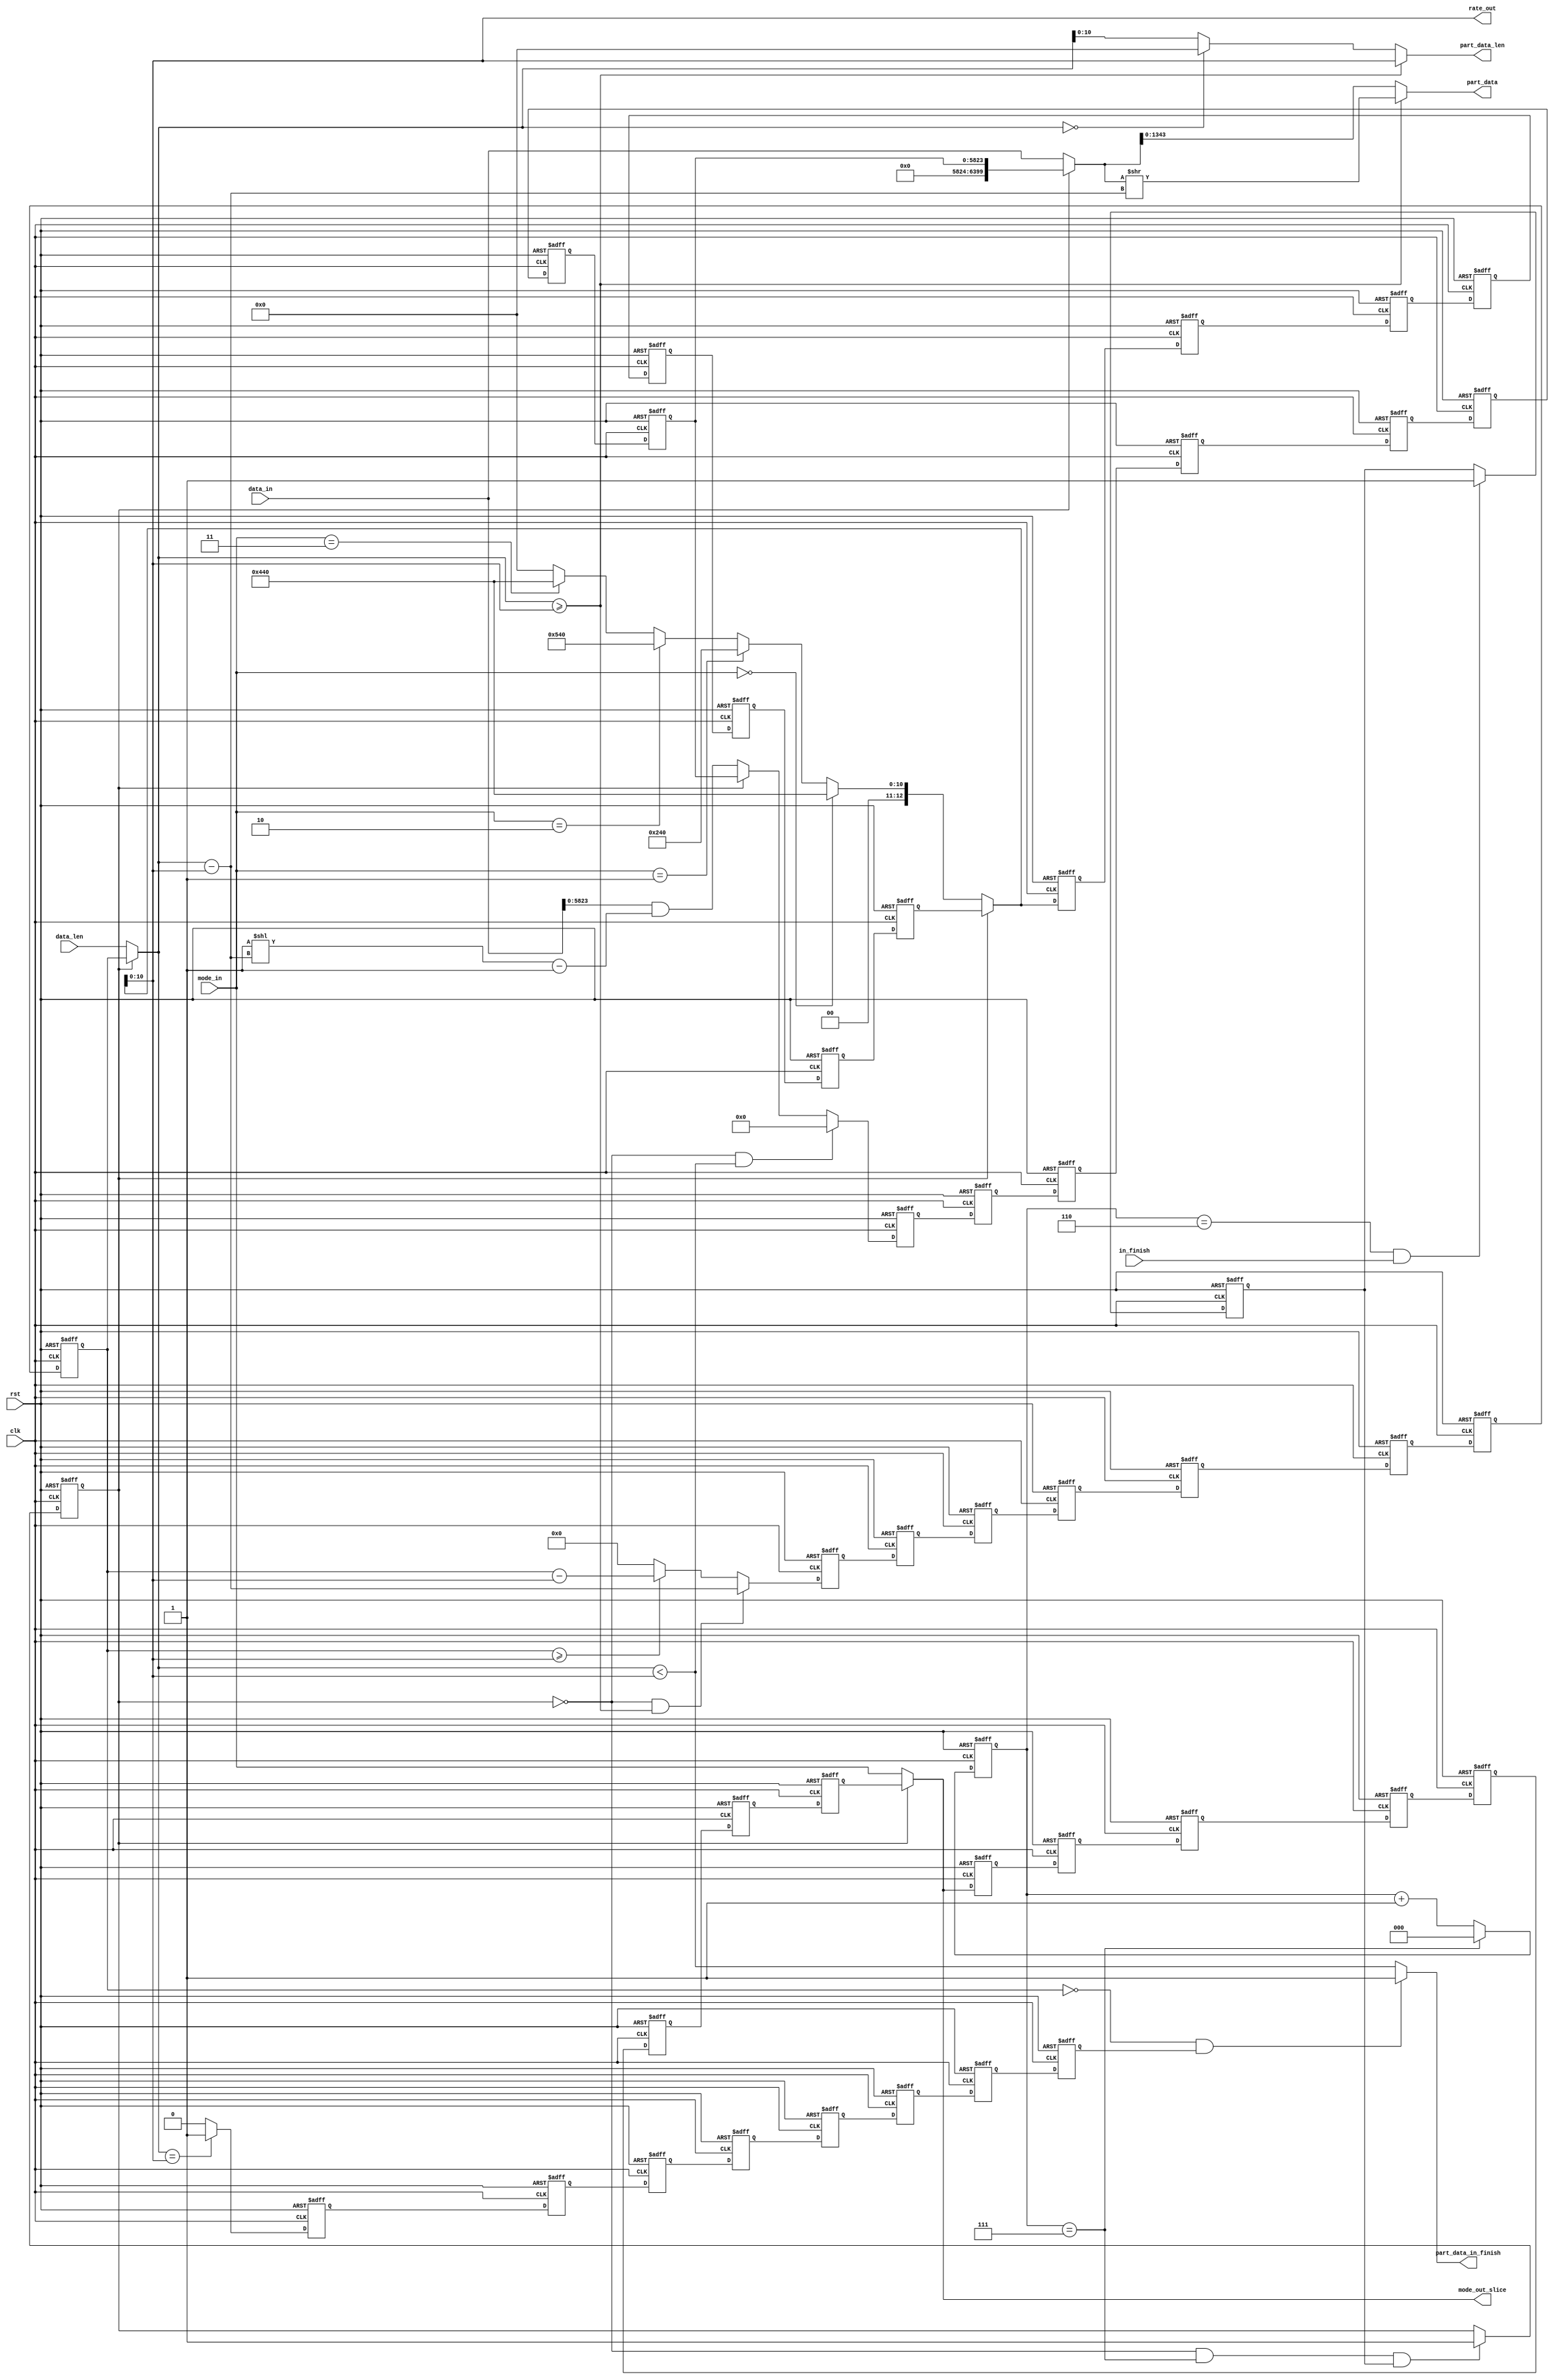
// function: slice the input data to controller
// input : the all input (most 800 bytes)
// output:  part of input (1344 bit)
///

module slice(
  input            clk,
  input            rst,
  input  [   1:0]  mode_in,
  input  [6399:0]  data_in,
  input [12:0]     data_len,
  input            in_finish,
  output        [10:0] rate_out,
  output   reg  [1343:0]  part_data,
  output  reg [10:0]    part_data_len,
  output  [ 1:0]  mode_out_slice,
  output    reg   part_data_in_finish

);

integer idx;

reg [10:0] rate;
reg [2:0] input_counter;
reg eight_input_finish; 
reg input_8_flag;
reg [5823:0] input_data_buffer [7:0]; 
reg [12:0] input_data_len_s [7:0];    
reg [1:0]  input_mode_s [7:0]; 
reg [12:0] input_rate_s [7:0]; 
reg if_absorb_again_buffer [7:0]; 
wire [6399 : 0] current_all_data ; 
wire [10:0] current_rate;
wire [12:0] current_data_len;
wire [ 1:0] mode_buf = mode_in;

/*************************************************
*   Name :          rate_out
*   Description:    when eight messages are inputted 
*   the current rate is inputting one, if the eight datas all inputted,
*   get the rate stored in the buffer : input_rate_s[7] 
*************************************************/
assign rate_out = !eight_input_finish ? rate : input_rate_s[7];

/*************************************************
*   Name :          mode_out_slice
*   Description:    when eight messages are inputted 
*   the current mode is inputting one, if the eight datas all inputted,
*   get the mode stored in the buffer : input_mode_s[7] 
*************************************************/
assign mode_out_slice = !eight_input_finish ? mode_in : input_mode_s[7];

/*************************************************
*   Name :          current_all_data
*   Description:    when eight messages are inputted 
*   the current data is inputting one, if the eight datas all inputted,
*   get the data stored in the buffer : input_data_buffer[7] 
*************************************************/
assign current_all_data =  !eight_input_finish ?  data_in : input_data_buffer[7]; 

/*************************************************
*   Name :          current_rate
*   Description:    when eight messages are inputted 
*   the current rate is depend on the inputting one, if the eight datas all inputted,
*   get the rate stored in the buffer: input_rate_s[7] 
*************************************************/
assign current_rate = !eight_input_finish ? rate : input_rate_s[7];

/*************************************************
*   Name :          current_data_len
*   Description:    when eight messages are inputted 
*   the current data_len is the inputting one, if the eight datas all inputted,
*   get the data_len stored in the buffer: input_data_len_s[7] 
*************************************************/
assign current_data_len = !eight_input_finish ? data_len : input_data_len_s[7];

/*************************************************
*   Name :          part_data
*   Description:   If the length of the message is longer than rate,
*   the part data's lenhth is rate, otherwise, the length is the whole length 
*   of message.
*************************************************/
always @(*) begin
    if(current_data_len >= current_rate)
        part_data = current_all_data >> (current_data_len - current_rate);
    else 
        part_data  = current_all_data;
end

/*************************************************
*   Name :          input_8_flag
*   Description:   the flag that  record the seventh message is inputted.
*************************************************/
always @(posedge clk or posedge rst) begin
    if(rst)
        input_8_flag <= 1'b0;
    else if (input_counter == 3'd6 && in_finish) 
        input_8_flag <= 1'b1;
        
end

/*************************************************
*   Name :          eight_input_finish
*   Description:   the flag that  record the whole ehught messages are inputted.
*************************************************/
always @(posedge clk or posedge rst) begin
    if(rst)
        eight_input_finish <= 1'b0;
    else if (!eight_input_finish && (input_counter == 3'd7) && input_8_flag) 
        eight_input_finish <= 1'b1;
        
end

/*************************************************
*   Name :          input_counter
*   Description:   the counter count zero to seven to check the eight 
*   messages are all inputted.
*************************************************/
always @(posedge clk or posedge rst) begin
    if(rst)
        input_counter <= 3'd7;
    else 
        input_counter <=  input_counter == 3'd7 ? 3'd0 : input_counter + 3'd1;//!
end

/*************************************************
*   Name :          rate
*   Description:   Depending the diffrent modes, assign the rate.
*   - sha3-256 ---> 1088 bits
*   - sha3-512 ---> 576 bits
*   - shake-128 ---> 1344 bits
*   - shake-256 ---> 1088 bits
*************************************************/
always @(*) begin
    if (mode_in == 2'd0) // sha3-256
        rate =  11'd1088;
    else if (mode_in == 2'd1) // sha3-512
        rate = 11'd576;
    else if (mode_in == 2'd2) // shake-128
        rate = 11'd1344;
    else if (mode_in == 2'd3) // shake-256
        rate = 11'd1088;
    else 
        rate = 11'b0;

end

/*************************************************
*   Name :          input_data_len_s
*   Description:   Store the current eight messages' data_len,
*   it will minus current_rate when output a part_data to next level.
*   If the length is less than rate, buffer will store zero.
*************************************************/
always @(posedge clk or posedge rst) begin
    if(rst)
        for (idx = 0 ; idx <8 ; idx = idx +1)begin
            input_data_len_s[idx] <=  13'b0;
        end
    else if( (!eight_input_finish) && (current_data_len >= current_rate)) begin
        for (idx = 0 ; idx <7 ; idx = idx +1)begin
            input_data_len_s[idx+1] <=  input_data_len_s[idx];
        end
        input_data_len_s[0] <= current_data_len - current_rate;
    end
    else if (input_data_len_s[7] >= current_rate)  begin//if(!input_finish_buffer[7] 
        for (idx = 0 ; idx <7 ; idx = idx +1)begin
                input_data_len_s[idx+1] <=  input_data_len_s[idx];
            end
        input_data_len_s[0] <=  input_data_len_s[7] - current_rate;
    end
    else begin
        for (idx = 0 ; idx <7 ; idx = idx +1)begin
                input_data_len_s[idx+1] <=  input_data_len_s[idx];
            end
        input_data_len_s [0] <=  13'd0; 
    end
end

/*************************************************
*   Name :          stored_data
*   Description:   the remain data  should be stored 
*************************************************/
wire [5823:0]stored_data = data_in & ((1'b1<< (current_data_len - current_rate))  -1);

/*************************************************
*   Name :         input_data_buffer
*   Description:   If the inputted data is longer than the rate,
*   the remain data should be stored will store in the input_data_buffer.
*************************************************/
always @(posedge clk or posedge rst) begin
    if(rst)
        for (idx = 0 ; idx <8 ; idx = idx +1)begin
            input_data_buffer[idx] <=  5824'b0;
        end
    else if (!eight_input_finish && (current_data_len < current_rate))begin
        for (idx = 0 ; idx <7 ; idx = idx +1)begin
                input_data_buffer[idx+1] <=  input_data_buffer[idx];
            end
        input_data_buffer[0] <= 5824'b0;
    end
    else if(!eight_input_finish) begin
        for (idx = 0 ; idx <7 ; idx = idx +1)begin
            input_data_buffer[idx+1] <=  input_data_buffer[idx];
        end
        input_data_buffer[0] <= stored_data;//!
    end
    else begin//if(!input_finish_buffer[7] 
        for (idx = 0 ; idx <7 ; idx = idx +1)begin
            input_data_buffer[idx+1] <=  input_data_buffer[idx];
        end
        input_data_buffer[0] <=  input_data_buffer[7] ;
    end

end

/*************************************************
*   Name :        input_mode_s
*   Description:   while the eight messages are inputted, 
*   store their modes in buffers: input_mode_s
*************************************************/
// reg [1:0]  input_mode_s [7:0];
always @(posedge clk or posedge rst) begin
    if(rst)
        for (idx = 0 ; idx <8 ; idx = idx +1)begin
            input_mode_s[idx] <=  2'b0;
        end
    else if(!eight_input_finish) begin
        for (idx = 0 ; idx <7 ; idx = idx +1)begin
            input_mode_s[idx+1] <=  input_mode_s[idx];
        end
        input_mode_s[0] <= mode_buf;
    end
    else begin
        for (idx = 0 ; idx <7 ; idx = idx +1)begin
            input_mode_s[idx+1] <=  input_mode_s[idx];
        end
        input_mode_s[0] <=  input_mode_s[7];
    end
end

/*************************************************
*   Name :         input_rate_s
*   Description:   while the eight messages are inputted, 
*   store their rates in buffers:  input_rate_s
*************************************************/
always @(posedge clk or posedge rst) begin
    if(rst)
        for (idx = 0 ; idx <8 ; idx = idx +1)begin
            input_rate_s[idx] <=  13'b0;
        end
    else if(!eight_input_finish) begin
        for (idx = 0 ; idx <7 ; idx = idx +1)begin
            input_rate_s[idx+1] <=  input_rate_s[idx];
        end
      input_rate_s[0] <= rate;
    end
    else begin
        for (idx = 0 ; idx <7 ; idx = idx +1)begin
            input_rate_s[idx+1] <=  input_rate_s[idx];
        end
        input_rate_s[0] <=  input_rate_s[7];
    end

end

/*************************************************
*   Name :         if_absorb_again_buffer
*   Description:   If the inputted message's length is 
*   the integer times of the rate, it should be absorbed once
*   the buffer  records if the extra absorbing one has exacuted.
*************************************************/
always @(posedge clk or posedge rst) begin
    if(rst)
        for (idx = 0 ; idx <8 ; idx = idx +1)begin
            if_absorb_again_buffer[idx] <=  1'b0;
        end
    else if  (current_data_len == current_rate ) begin //!
    for (idx = 0 ; idx <7 ; idx = idx +1)begin
            if_absorb_again_buffer[idx+1] <=  if_absorb_again_buffer[idx];
        end
        if_absorb_again_buffer[0] <= 1'b1;
    end
    else if (if_absorb_again_buffer[7])begin
        for (idx = 0 ; idx <7 ; idx = idx +1)begin
            if_absorb_again_buffer[idx+1] <=  if_absorb_again_buffer[idx];
        end
        if_absorb_again_buffer[0] <= 1'b0;
    end
    else begin
        for (idx = 0 ; idx <7 ; idx = idx +1)begin
            if_absorb_again_buffer[idx+1] <=  if_absorb_again_buffer[idx];
        end
        if_absorb_again_buffer[0] <= if_absorb_again_buffer[7];
    end
end

/*************************************************
*   Name :         part_data_len
*   Description:   the cuurent part_data length 
*************************************************/
always @(*) begin
    if (current_data_len >= current_rate)begin
        part_data_len = current_rate;
    end
    else if (!current_data_len)begin
        part_data_len = 11'b0;
    end 
    else 
        part_data_len = current_data_len[10:0];
end

/*************************************************
*   Name :         part_data_in_finish
*   Description:   If the part_data_len is less than rate, 
*   the finish flag will rise when the final output,
*   And if the extra absorbing state ends, the finish flag rise,too.  
*************************************************/
always @(*) begin
    if (( !input_data_len_s[7] ) && if_absorb_again_buffer[7])begin
        part_data_in_finish = 1'b1;
    end
    else 
        part_data_in_finish = (current_data_len < current_rate);
end

endmodule